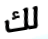
لك